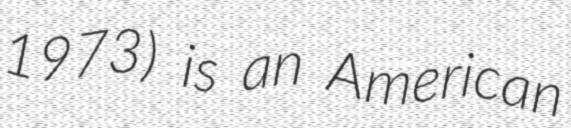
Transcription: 1973) is an American